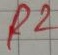
Text: R2